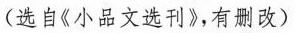
(选自《小品文选刊》有删改)